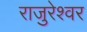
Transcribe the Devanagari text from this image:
राजुरेश्वर